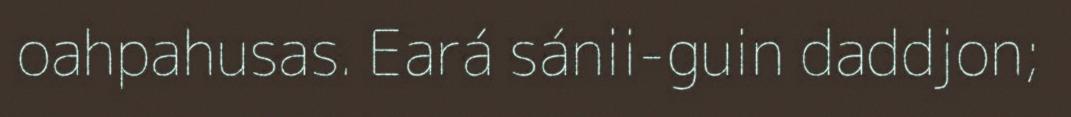
oahpahusas. Eará sánii-guin daddjon;